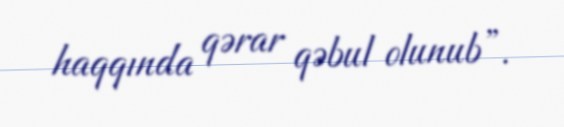
haqqında qərar qəbul olunub”.